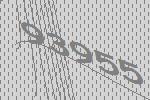
93955